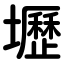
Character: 壢